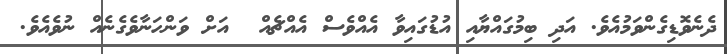
ދެނެވޮޑިގެންވަމުއެވެ. އަދި ބިމުގައްޔާއި އުޑުގައިވާ އެއްވެސް އެއްޗެއް  އަށް ވަންހަނާވެގެނެއް ނުވެއެވެ.